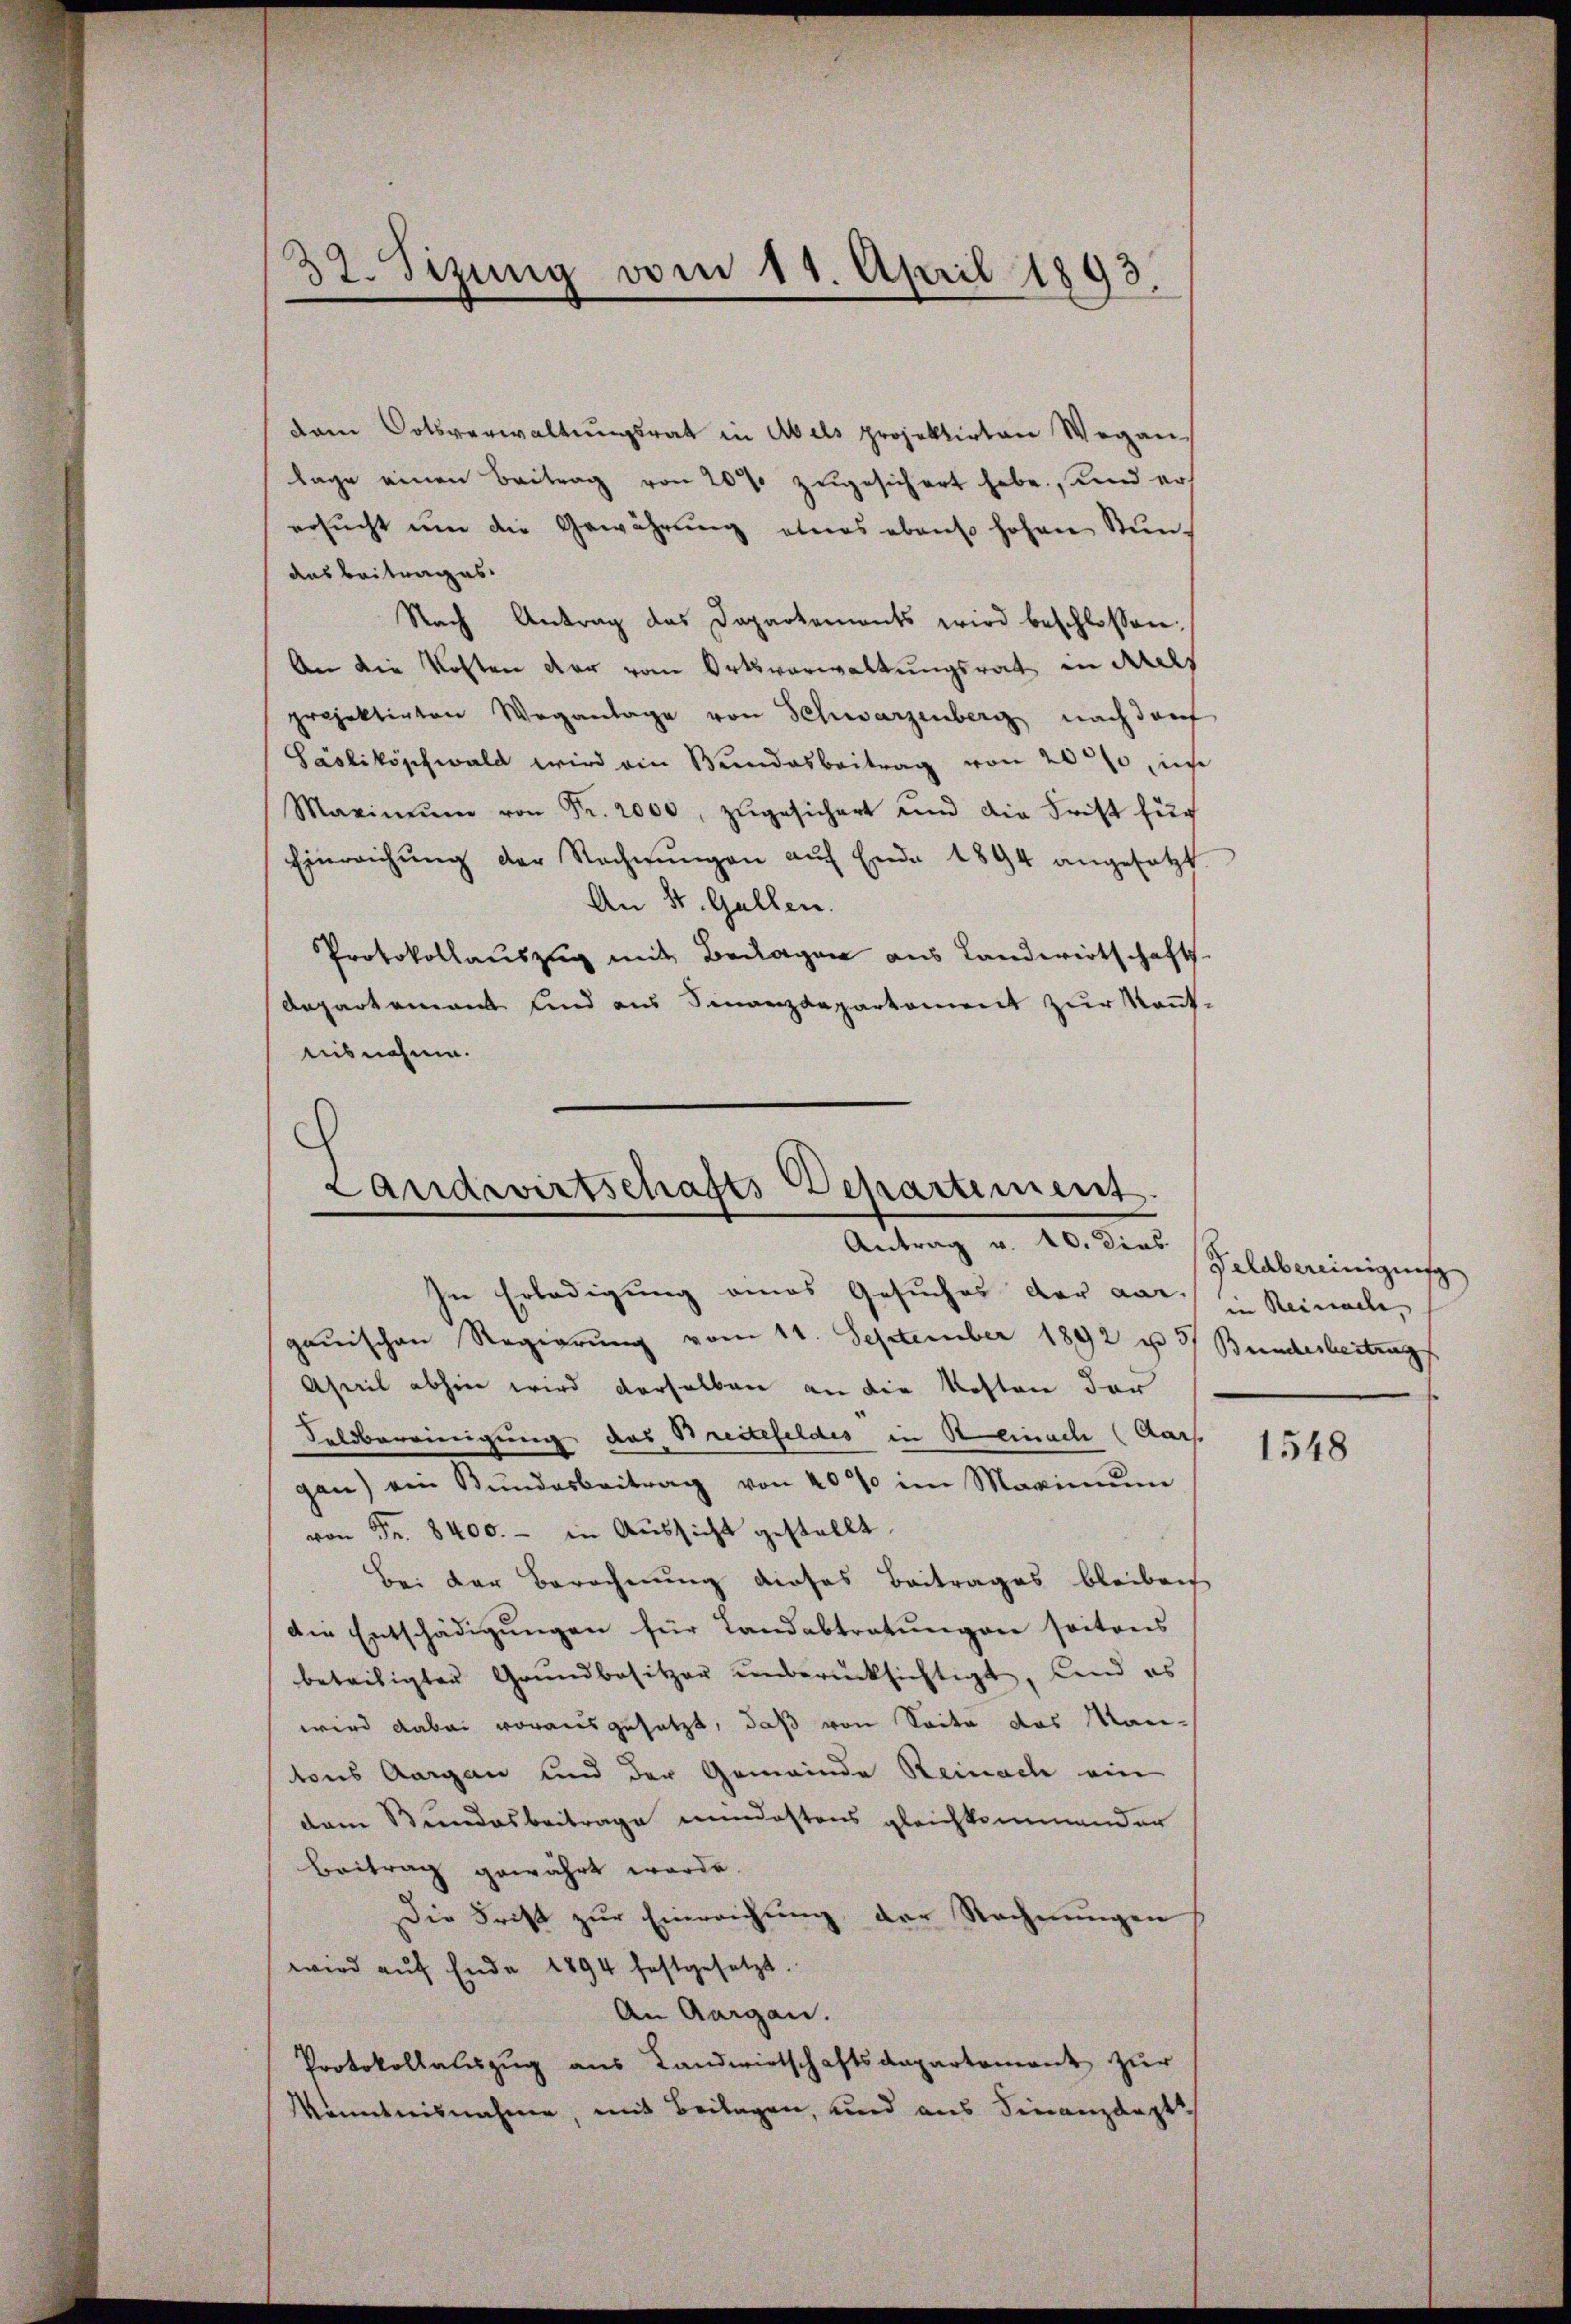
32. Sizung vom 11. April 1893.

dann Ortsverwaltŭngsrat in Abels projektirten Weganlage einen Beitrag von 20% zugesichert habe, und er
ersŭcht ŭm die Gewährŭng etwas ebenso hohen Stundas Beitrages.
Nach Antrag das Dapartements wird beschlossen:
An die Kosten der vom Ortsverwaltungsrat in Mals
projektirten Weganlage von Schwarzenberg nach der
Säsliköschwald wird ein Bundesbeitrag von 2000, ins
Maximŭm von Fr. 2000 zŭgesichert und die Frist für
Einreichŭng der Rechnŭngen aŭf Ende 1894 angesetzt.
An St. Gallen.
Protokollauszug mit Beilagen aus Landwirtschafts
Departement und aus Finanzdepartement zur Kenntaisnahme.

¬
Landwirtschafts Departement.
Antrag v. 10. Dies

In Erledigung eines Gesuches der aar, in Reinacle,
gauischen Regierŭng vom 11. September 1892 u 3/ Bundesbeitrags
Aseil abhin wird derselben an die Kosten der
Seldbereinigung, das Breitefeldes in Reinach (Aars.
gan) ein Bŭndesbeitrag von 40% im Maximŭm
von Fr. 8400.- in Aussicht gestellt.
Bei der Berechnung dieses Beitrages bleiben
Die Entschädigungen für Landabtratungen seitens
beteiligter Grundbesitzer unberücksichtigt, Land es
wird dabei vorausgesetzt, daß von Seite das Mantons Aargau und der Gemeinde Reinach ein
dem Bundesbeitrage mindestens gleichkommender
Beitrag gewährt werde.
Die Frist zur Einreichung der Rechnungen
wird aŭf Ende 1894 festgesetzt.
An Aargau.
Protokollauszug aus Landwirtschaftsdepartement zur
Kenntnisnahme, mit Beilagen, und aus Finanzdaptis

Geldbereinigung

1548